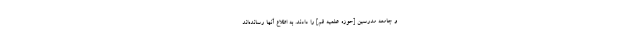
و جامعه مدرسین [حوزه علمیه قم] را دادند. به اطلاع آنها رسانده‌اند